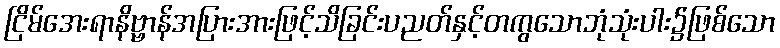
ငြိမ်အေးရာနိဗ္ဗာန်အပြားအားဖြင့်သိခြင်းပညတ်နှင့်တကွသောဘုံသုံးပါး၌ဖြစ်သော